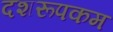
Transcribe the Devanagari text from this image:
दशरूपकम